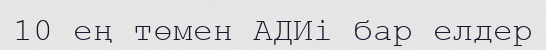
10 ең төмен АДИі бар елдер